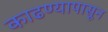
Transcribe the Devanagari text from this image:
काढण्यापासून